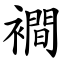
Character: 襇